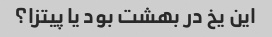
این یخ در بهشت بود یا پیتزا؟